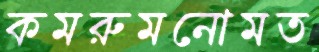
কমরুমনোমত